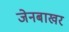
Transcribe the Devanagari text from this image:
जेनबाखर